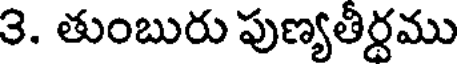
3. తుంబురు పుణ్యతీర్దము